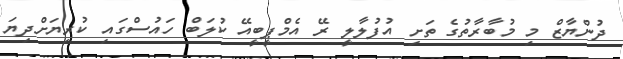
ދުންޔާޒް މި މުބާރާތުގެ ތަށި އުފުލާލީ ރޭ އެމްޕީބީއޭ ކުލަބް ހައުސްގައި ކުރިޔަށްދިޔަ